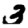
Digit: 3